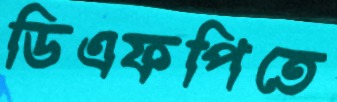
ডিএফপিতে